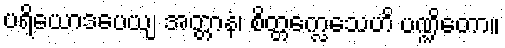
ပရိယောဒပေယျ အတ္တာနံ၊ စိတ္တက္လေသေဟိ ပဏ္ဍိတော။